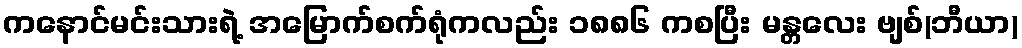
ကနောင်မင်းသားရဲ့ အမြောက်စက်ရုံကလည်း ၁၈၈၆ ကစပြီး မန္တလေး ဗျစ်(ဘီယာ)